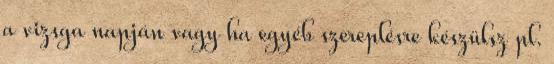
a vizsga napján vagy ha egyéb szereplésre készülsz pl.